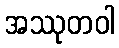
အဿုတဝါ